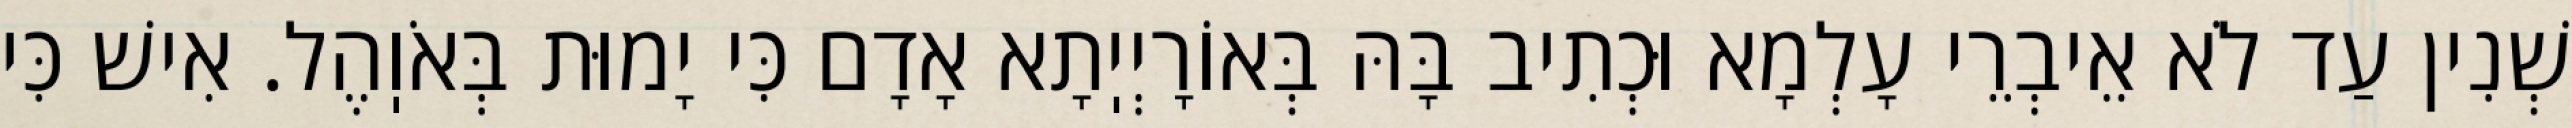
שְׁנִין עַד לֹא אֵיבְרֵי עָלְמָא וּכְתִיב בָּהּ בְּאוֹרָיְיֽתָא אָדָם כִּי יָמוּת בְּאֹוֽהֶל. אִישׁ כִּי